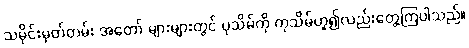
သမိုင်းမှတ်တမ်း အတော် များများတွင် ပုသိမ်ကို ကုသိမ်ဟူ၍လည်းတွေ့ကြပါသည်။